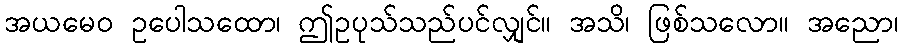
အယမေဝ ဥပေါသထော၊ ဤဥပုသ်သည်ပင်လျှင်။ အသိ၊ ဖြစ်သလော။ အညော၊